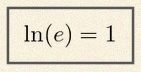
\ln(e)=1